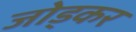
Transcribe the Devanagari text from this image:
जोड्कर